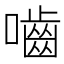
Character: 嚙